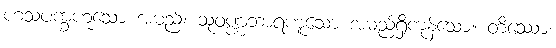
ဟံသပက္ခဟူသော အမည်၊ သုဝဏ္ဏဘာရဟူသော အမည်ရှိကုန်သော။ တိဿော၊